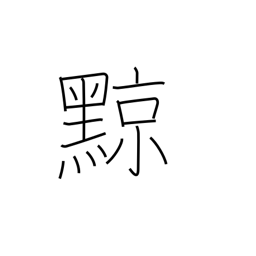
Meaning: tatooing